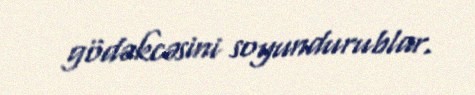
gödəkcəsini soyundurublar.